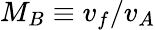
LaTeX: M_{B}\equiv v_{f}/v_{A}